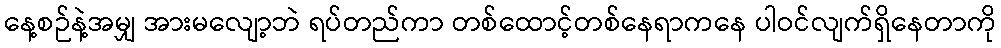
နေ့စဉ်နဲ့အမျှ အားမလျော့ဘဲ ရပ်တည်ကာ တစ်ထောင့်တစ်နေရာကနေ ပါဝင်လျက်ရှိနေတာကို